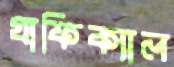
গ্রাফিক্যাল